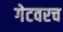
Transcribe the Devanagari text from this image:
गेटवरच